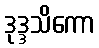
ဒုဒ္ဒသိကော